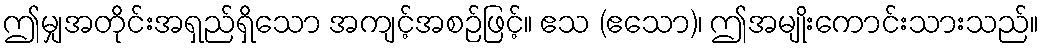
ဤမျှအတိုင်းအရှည်ရှိသော အကျင့်အစဉ်ဖြင့်။ ဧသ (ဧသော)၊ ဤအမျိုးကောင်းသားသည်။